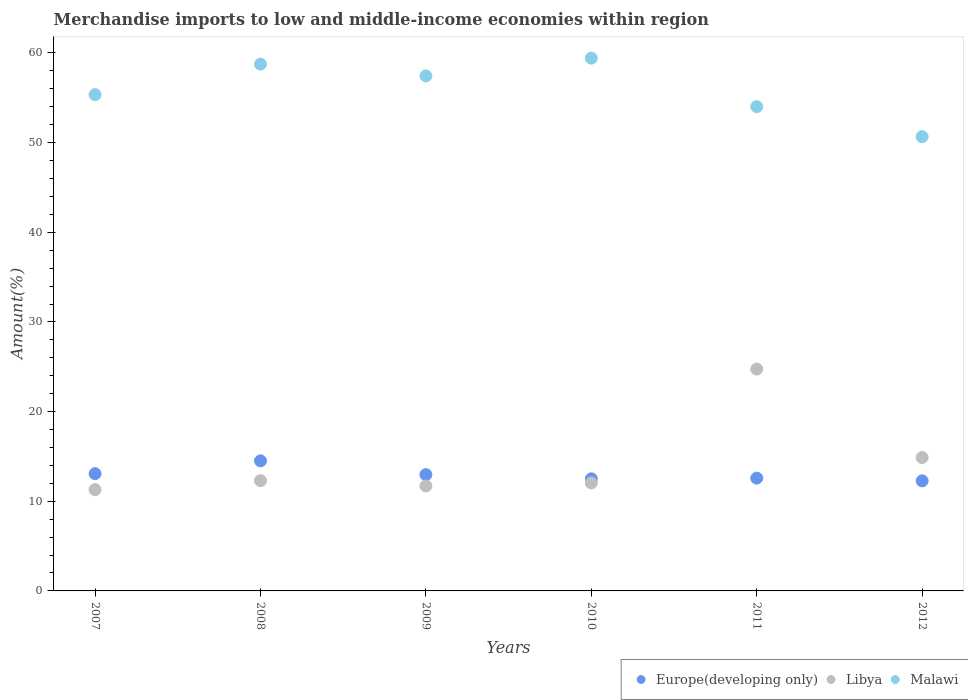
| Years | Europe(developing only) | Libya | Malawi |
 | --- | --- | --- | --- |
 | 2007 | 13.1 | 11.3 | 55.4 |
 | 2008 | 14.5 | 12.3 | 58.8 |
 | 2009 | 13 | 11.7 | 57.4 |
 | 2010 | 12.5 | 12 | 59.4 |
 | 2011 | 12.6 | 24.7 | 54 |
 | 2012 | 12.3 | 14.9 | 50.7 |